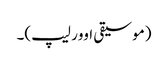
(موسیقی اوور لیپ)۔